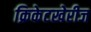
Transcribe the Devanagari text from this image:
क्रिकेटखेरीज